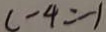
c - 4 = - 1